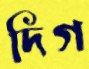
দিগ